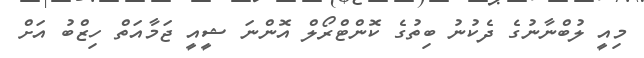
މިއީ ލުބްނާނުގެ ދެކުނު ބިތުގެ ކޮންޓްރޯލް އޮންނަ ޝީއީ ޖަމާއަތް ހިޒްބު އަށް